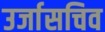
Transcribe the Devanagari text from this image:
उर्जासचिव